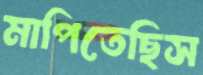
মাপিতেছিস